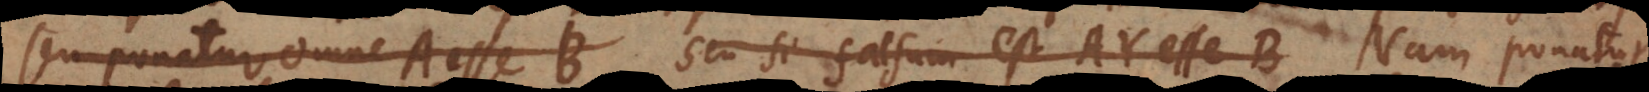
seu ponatur omne A esse B Seu si falsum est AY esse B Nam ponatur